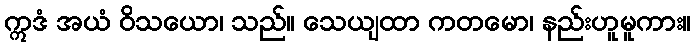
ဣဒံ အယံ ဝိသယော၊ သည်။ သေယျထာ ကတမော၊ နည်းဟူမူကား။